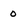
Character: o